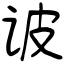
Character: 诐